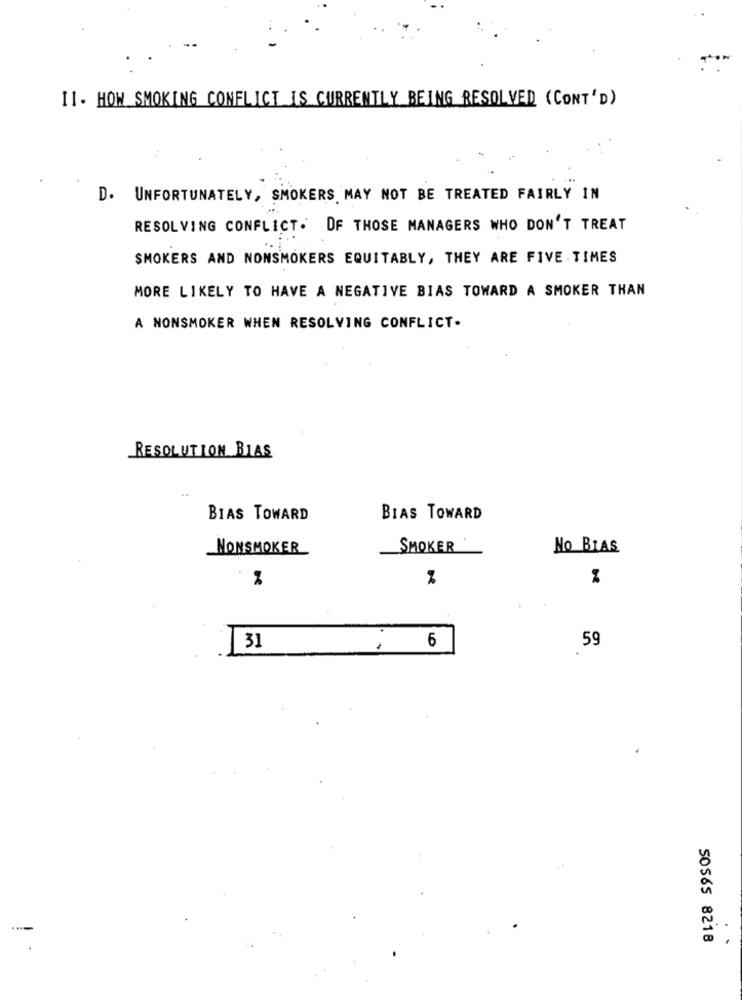
11. HOW SMOKING CONFLICT IS CURRENTLY BEING RESOLVED (CONT'D)
D. UNFORTUNATELY, SMOKERS MAY NOT BE TREATED FAIRLY IN
RESOLVING CONFLICT. DF THOSE MANAGERS WHO DON'T TREAT
SMOKERS AND NONSMOKERS EQUITABLY, THEY ARE FIVE TIMES
MORE LIKELY TO HAVE A NEGATIVE BIAS TOWARD A SMOKER THAN
A NONSMOKER WHEN RESOLVING CONFLICT-
RESOLUTION BIAS
BIAS TOWARD
BIAS TOWARD
NONSMOKER
SMOKER
No BIAS
%
6
59
31
SOS&S 8218